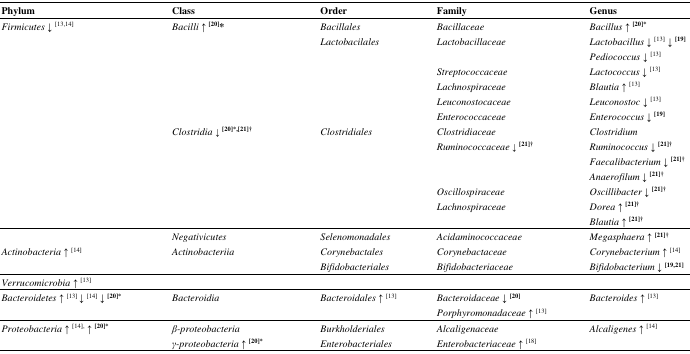
| Phylum | Class | Order | Family | Genus |
 | --- | --- | --- | --- | --- |
 | Firmicutes ↓ [13,14] | Bacilli↑ [20]* | Bacillales | Bacillaceae | Bacillus↑ [20]* |
 |  |  | Lactobacilales | Lactobacillaceae | Lactobacillus ↓ [13]↓ [19] |
 |  |  |  |  | Pediococcus ↓ [13] |
 |  |  |  | Streptococcaceae | Lactococcus ↓ [13] |
 |  |  |  | Lachnospiraceae | Blautia ↑ [13] |
 |  |  |  | Leuconostocaceae | Leuconostoc ↓ [13] |
 |  |  |  | Enterococcaceae | Enterococcus↓ [19] |
 |  | Clostridia↓ [20]*,[21]† | Clostridiales | Clostridiaceae | Clostridium |
 |  |  |  | Ruminococcaceae↓ [21]† | Ruminococcus↓ [21]† |
 |  |  |  |  | Faecalibacterium↓ [21]† |
 |  |  |  |  | Anaerofilum↓ [21]† |
 |  |  |  | Oscillospiraceae | Oscillibacter↓ [21]† |
 |  |  |  | Lachnospiraceae | Dorea↑ [21]† |
 |  |  |  |  | Blautia↑ [21]† |
 |  | Negativicutes | Selenomonadales | Acidaminococcaceae | Megasphaera↑ [21]† |
 | Actinobacteria ↑ [14] | Actinobacteriia | Corynebactales | Corynebactaceae | Corynebacterium ↑ [14] |
 |  |  | Bifidobacteriales | Bifidobacteriaceae | Bifidobacterium↓ [19,21] |
 | Verrucomicrobia ↑ [13] |  |  |  |  |
 | Bacteroidetes ↑ [13] ↓ [14]↓ [20]* | Bacteroidia | Bacteroidales ↑ [13] | Bacteroidaceae↓ [20] | Bacteroides ↑ [13] |
 |  |  |  | Porphyromonadaceae ↑ [13] |  |
 | Proteobacteria ↑ [14],↑ [20]* | β-proteobacteria | Burkholderiales | Alcaligenaceae | Alcaligenes ↑ [14] |
 |  | γ-proteobacteria↑ [20]* | Enterobacteriales | Enterobacteriaceae ↑ [18] |  |